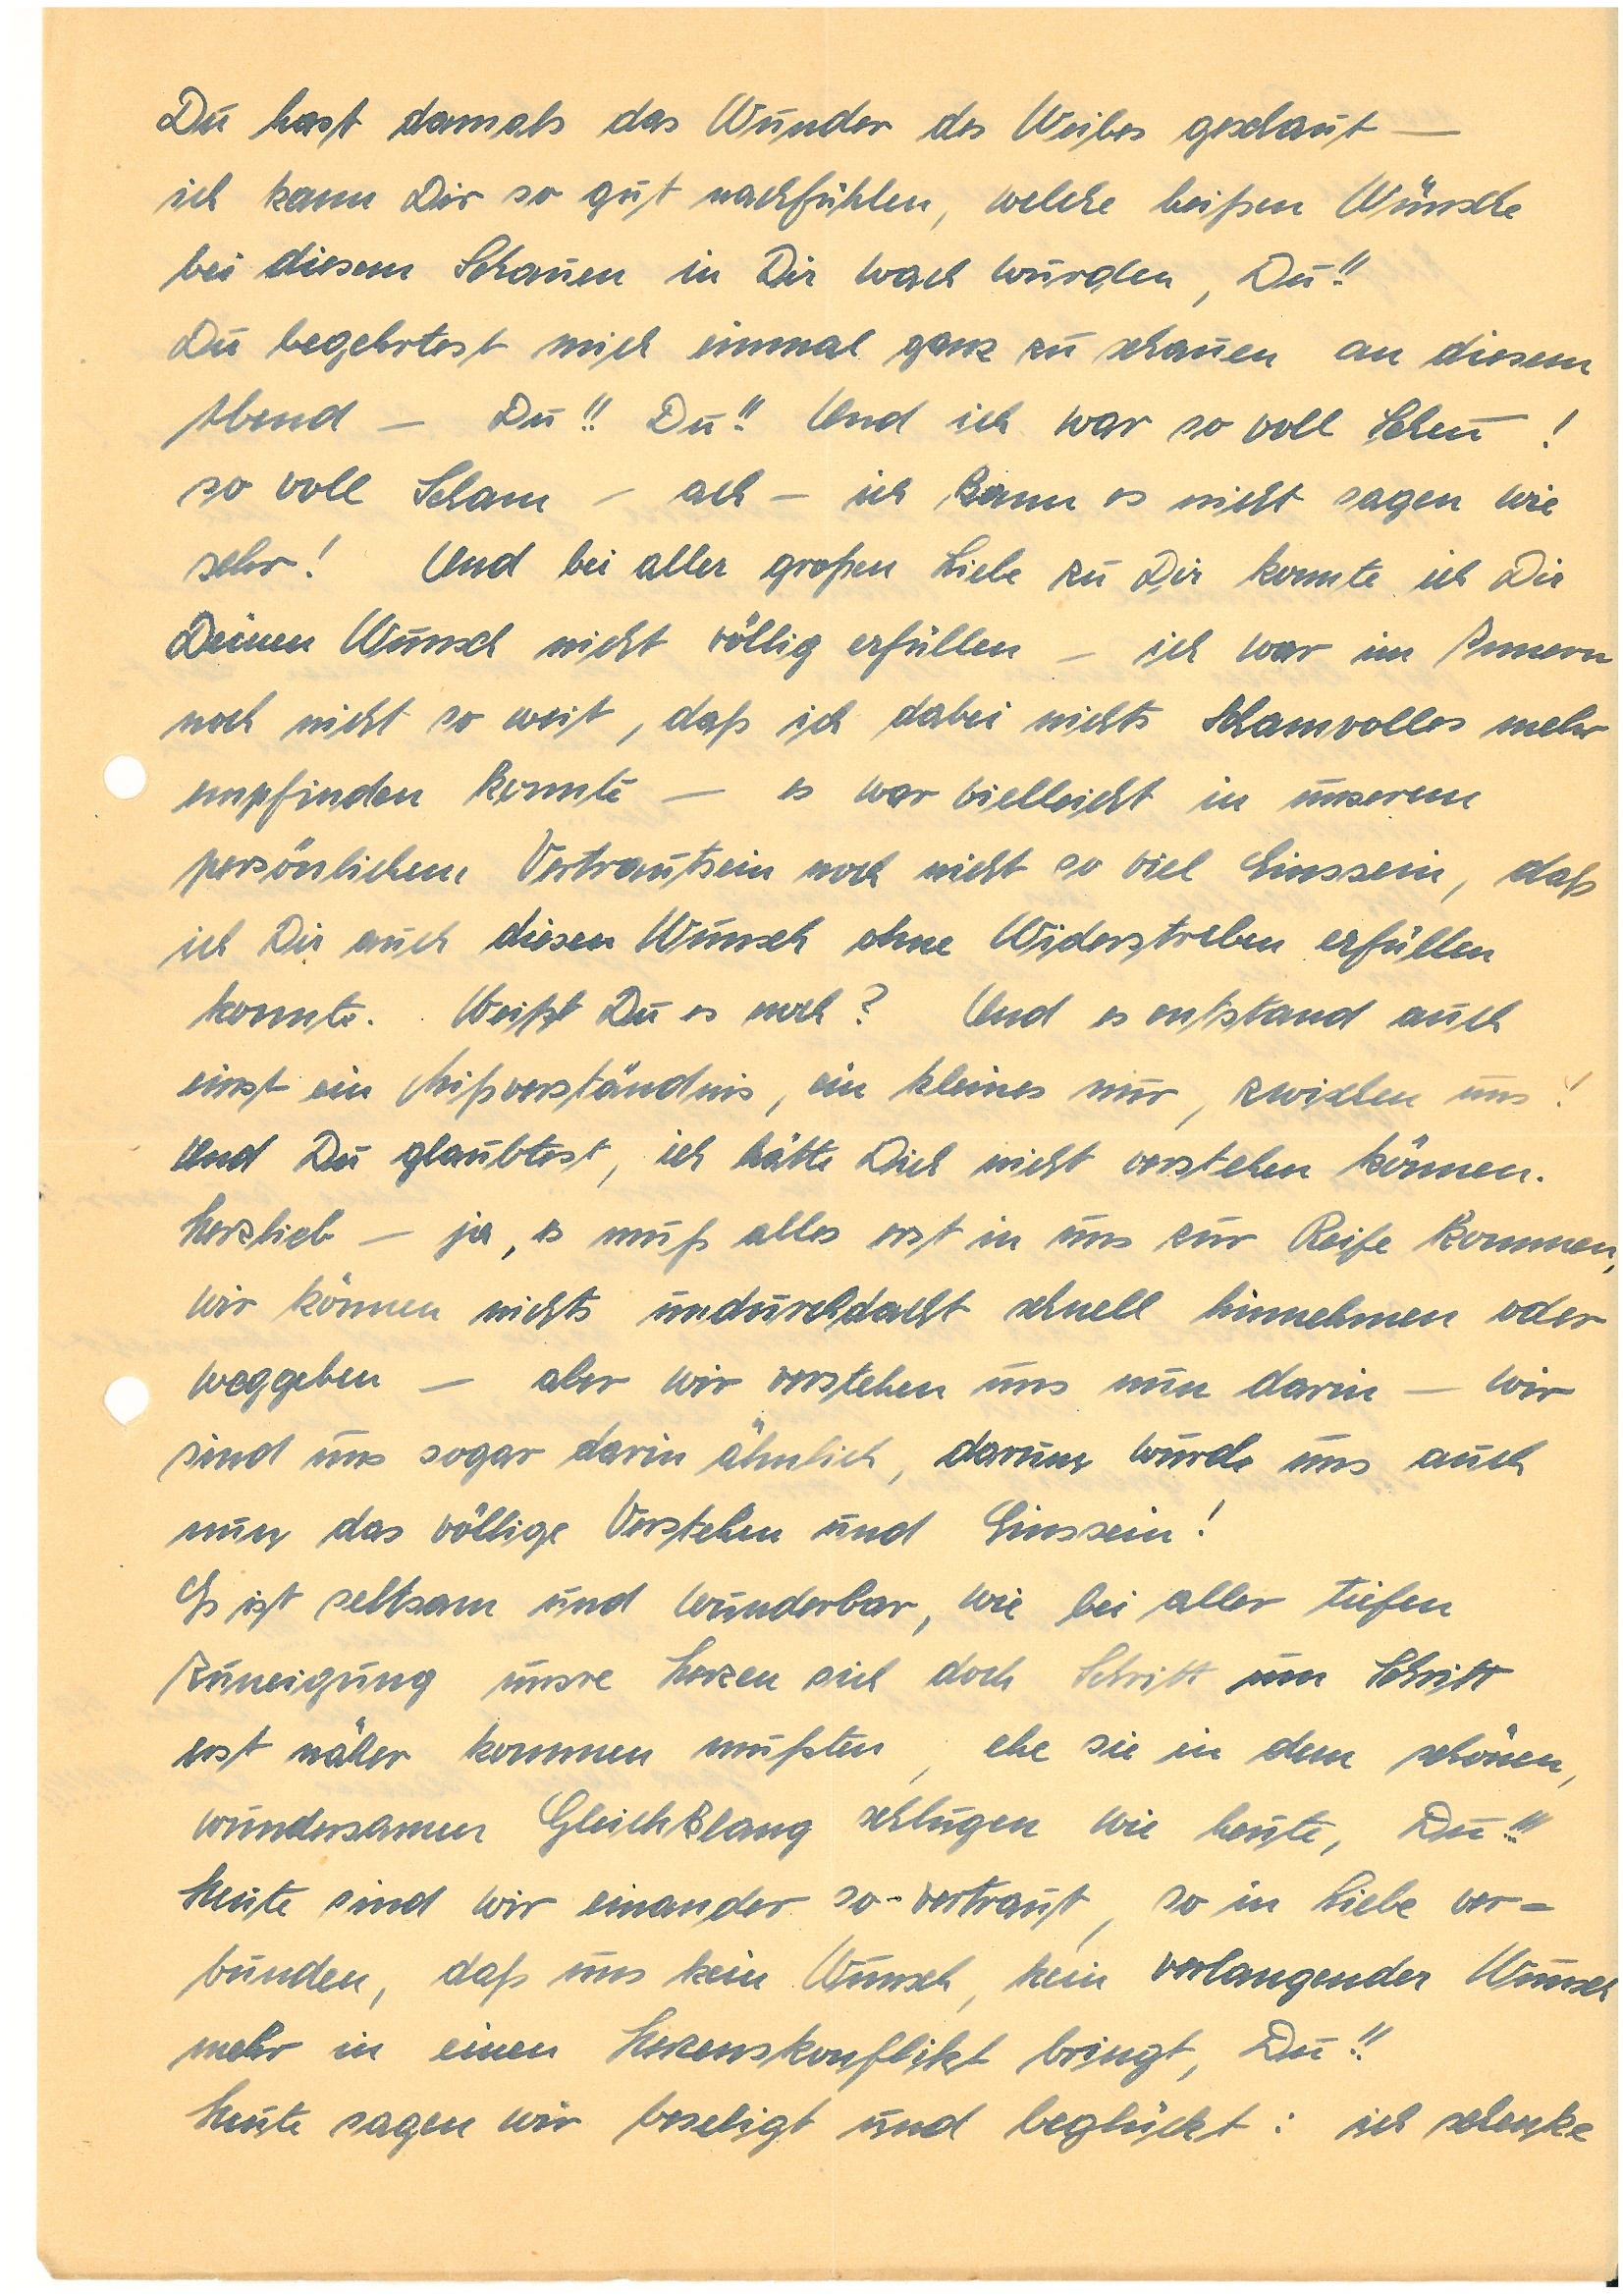
Du hast damals das Wunder des Weibes geschaut –
ich kann Dir so gut nachfühlen, welche heißen Wünsche
bei diesem Schauen in Dir wach wurden, Du!!
Du begehrtest mich einmal ganz zu schauen an diesem
Abend – Du!! Du!! Ich war so voll Scheu –
so voll Scham – ach – ich kann es nicht sagen wie
sehr! Und bei aller großen Liebe zu Dir konnte ich Dir
Deinen Wunsch nicht völlig erfüllen – ich war im Innern
noch nicht so weit, daß ich dabei nichts Schamvolles mehr
empfinden konnte – es war vielleicht in unserem
persönlichem Vertrautsein noch nicht so viel Einssein, daß
ich Dir auch diesen Wunsch ohne Widerstreben erfüllen
konnte. Weißt Du es noch? Und es entstand auch
einst ein Mißverständnis ein kleines nur, zwischen uns!
Und Du glaubtest, ich hätte Dich nicht verstehen können.
Herzlieb – ja, es muß alles erst in uns zur Reife kommen,
wir können nicht undurchdacht schnell hinnehmen oder
weggeben – aber wir verstehen uns nun darin – wir
sind uns sogar darin ähnlich, darum wurde uns auch
nun das völlige Verstehen und Einssein!
Es ist seltsam und wunderbar, wie bei aller tiefen
Zuneigung unsre Herzen sich doch Schritt um Schritt
erst näher kommen mußten, ehe sie in dem schönen,
wundersamen Gleichklang schlugen wie heute, Du!!!
Heute sind wir einander so vertraut, so in Liebe ver¬
bunden, daß uns kein Wunsch, kein verlangender Wunsch
mehr in einen Herzenskonflikt bringt, Du!!
Heute sagen wir beseligt und beglückt: ich schenke